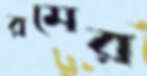
রমের